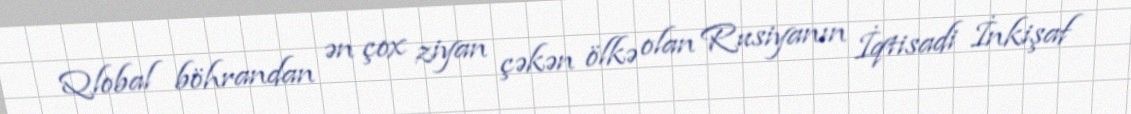
Qlobal böhrandan ən çox ziyan çəkən ölkə olan Rusiyanın İqtisadi İnkişaf